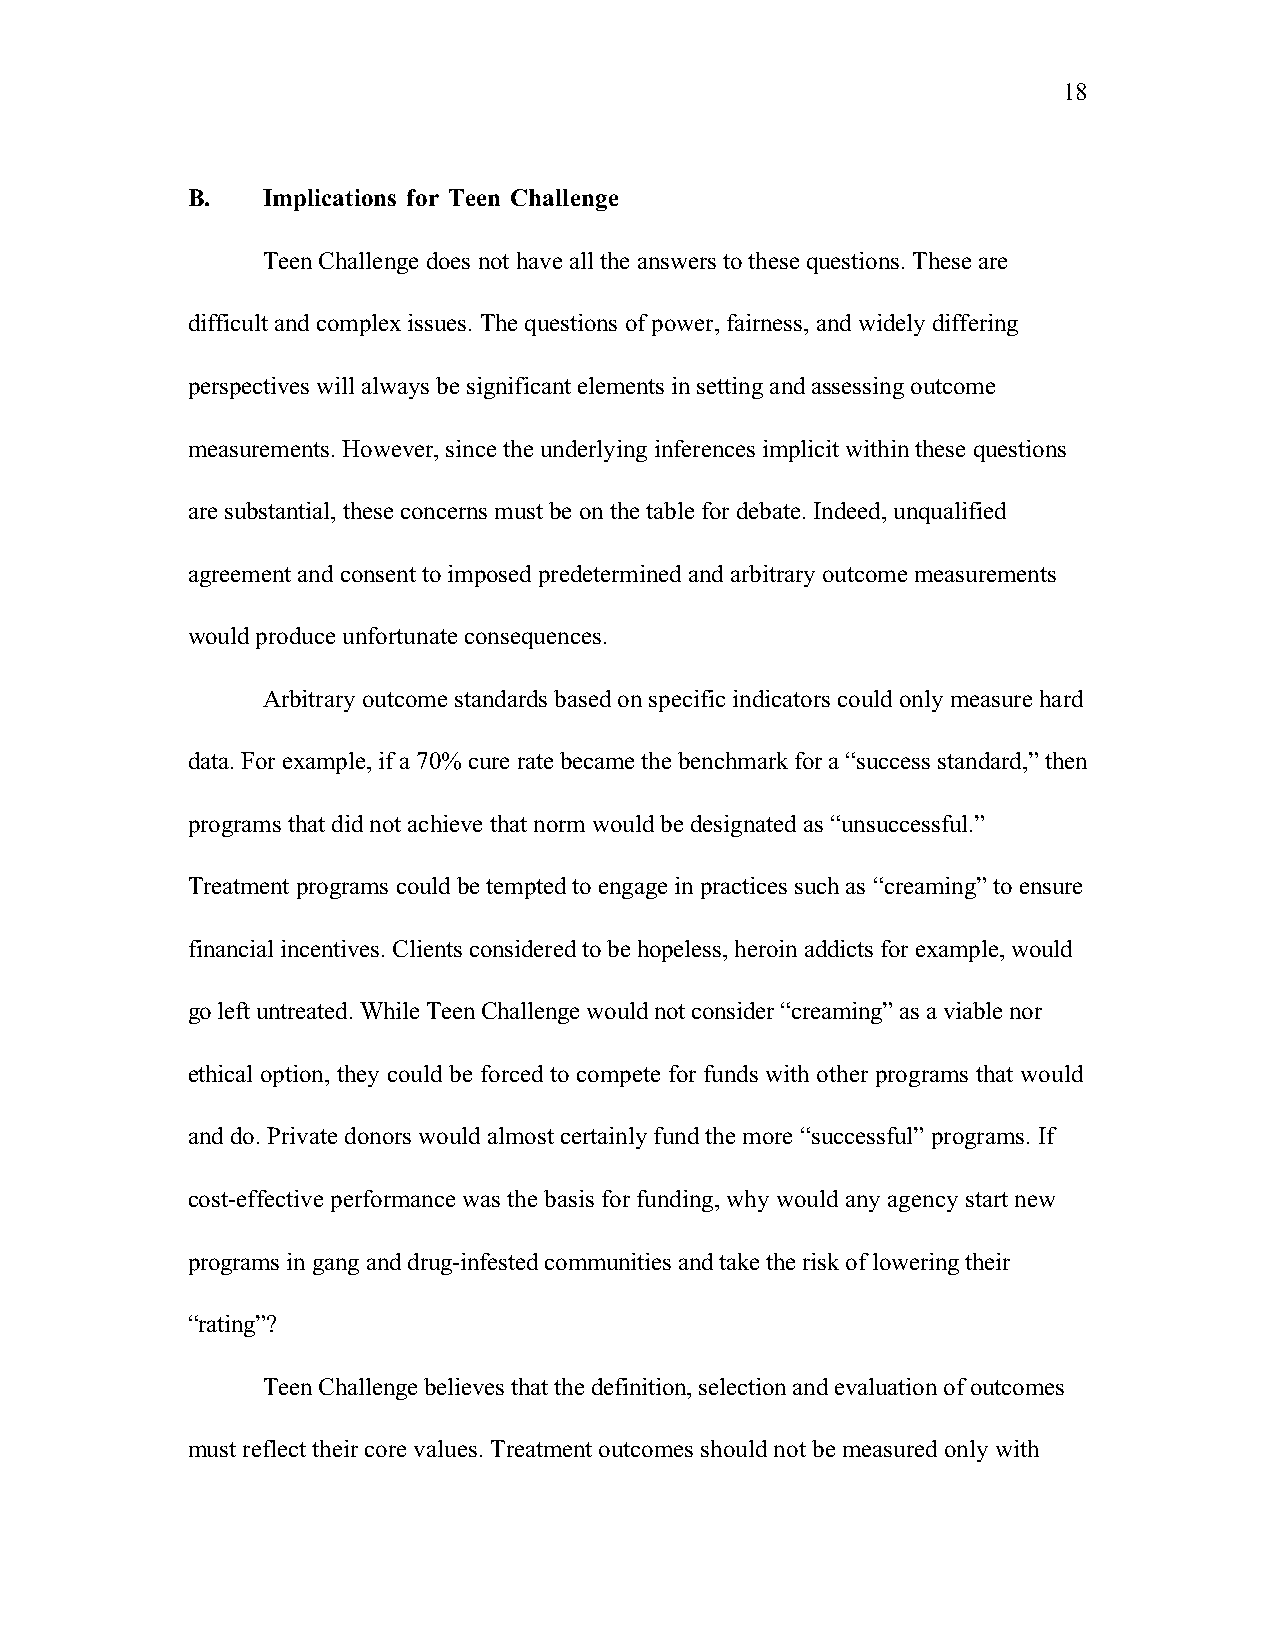
18
 B.   Implications for Teen Challenge
 Teen Challenge does not have all the answers to these questions. These are
 difficult and complex issues. The questions of power, fairness, and widely differing
 perspectives will always be significant elements in setting and assessing outcome
 measurements. However, since the underlying inferences implicit within these questions
 are substantial, these concerns must be on the table for debate. Indeed, unqualified
 agreement and consent to imposed predetermined and arbitrary outcome measurements
 would produce unfortunate consequences.
 Arbitrary outcome standards based on specific indicators could only measure hard
 data. For example, if a 70% cure rate became the benchmark for a “success standard,” then
 programs that did not achieve that norm would be designated as “unsuccessful.”
 Treatment programs could be tempted to engage in practices such as “creaming” to ensure
 financial incentives. Clients considered to be hopeless, heroin addicts for example, would
 go left untreated. While Teen Challenge would not consider “creaming” as a viable nor
 ethical option, they could be forced to compete for funds with other programs that would
 and do. Private donors would almost certainly fund the more “successful” programs. If
 cost-effective performance was the basis for funding, why would any agency start new
 programs in gang and drug-infested communities and take the risk of lowering their
 “rating”?
 Teen Challenge believes that the definition, selection and evaluation of outcomes
 must reflect their core values. Treatment outcomes should not be measured only with